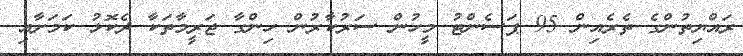
ރައްޔިތުންގެ ތެރެއިން 95 ޕަސެންޓު މީހުން ސަރުކާރުން ހިންގާ ޖަރީމާތަކާ ދެކޮޅު ކަމަށާއި